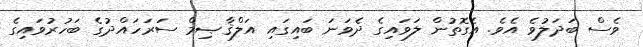
ވެސް ބަދަލުވެ އެވެ. އެގޮތުން ލަވައިގެ ދެވަނަ ބައިގައި އަލްޤާޞިމް ސަރަހައްދުގެ ބަހުރުވައިގެ